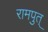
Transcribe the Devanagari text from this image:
रामपुत्